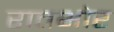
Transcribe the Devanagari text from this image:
रातभोर